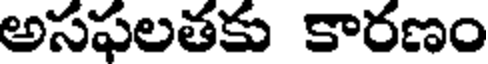
అసఫలతకు కారణం